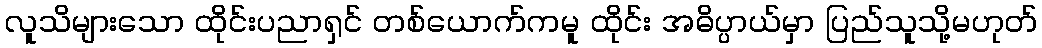
လူသိများသော ထိုင်းပညာရှင် တစ်ယောက်ကမူ ထိုင်း အဓိပ္ပာယ်မှာ ပြည်သူသို့မဟုတ်